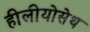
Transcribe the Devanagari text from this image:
हीलीयोसेथ